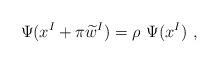
LaTeX: \begin{align*}\Psi(x^I+\pi \widetilde{w}^I) = \rho\ \Psi(x^I)\ ,\end{align*}